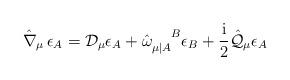
LaTeX: \begin{align*}\hat{\nabla}_{\mu}\,\epsilon _A = {\mathcal D}_\mu \epsilon_A + \hat{\omega}_{\mu |A}^{\phantom{\mu |A}B} \epsilon_B +\frac{\rm i}2 \hat{\cal Q}_\mu\epsilon_A\end{align*}